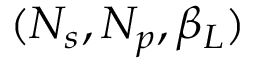
( N _ { s } , N _ { p } , \beta _ { L } )